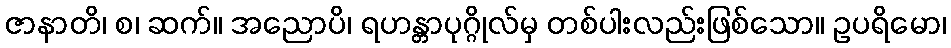
ဇာနာတိ၊ စ၊ ဆက်။ အညောပိ၊ ရဟန္တာပုဂ္ဂိုလ်မှ တစ်ပါးလည်းဖြစ်သော။ ဥပရိမော၊